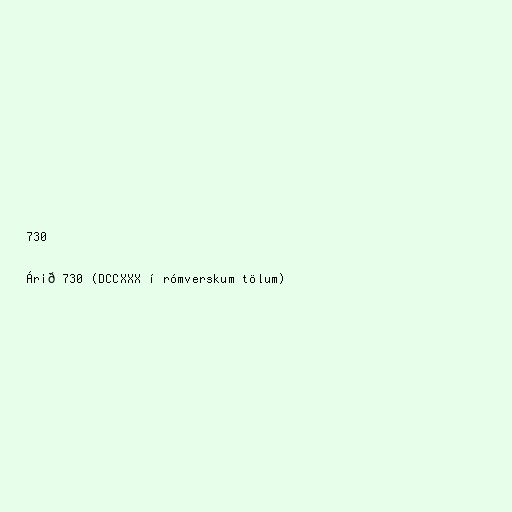
730

Árið 730 (DCCXXX í rómverskum tölum)